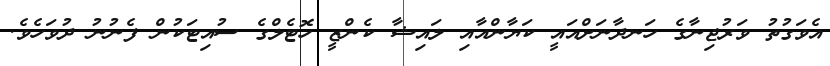
އެވަގުތު ވަރުޖިނާގެ ހަނދާނަށްއައީ ކަޔާންއާއި ލައިޝާ ކެންޒީ ހޮޓެލްގެ ސުއިޓަކުން ފެނުނު ދުވަހެވެ.